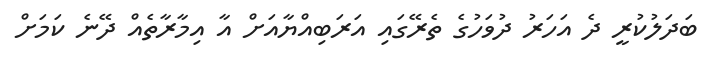
ބަދަލުކުރީ ދެ އަހަރު ދުވަހުގެ ތެރޭގައި އަރަބިއްޔާއަށް އާ އިމާރާތެއް ދޭނެ ކަމަށް